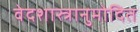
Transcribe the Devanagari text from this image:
वेदशास्त्रानुमोदित